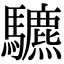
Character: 䮽